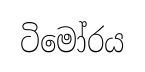
ටිමෝරය